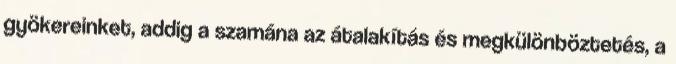
gyökereinket, addig a szamána az átalakítás és megkülönböztetés, a